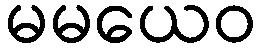
မမယေဝ